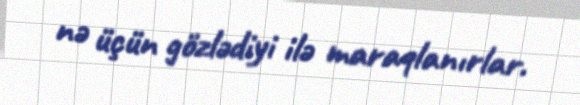
nə üçün gözlədiyi ilə maraqlanırlar.